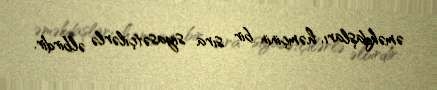
əməkdaşları, həmçinin bir sıra siyasətçilərlə əlbirdir.